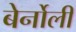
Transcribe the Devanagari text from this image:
बेर्नोली